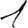
Digit: 1